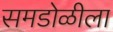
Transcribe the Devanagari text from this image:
समडोळीला